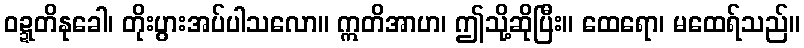
ဝဍ္ဍတိနုခေါ၊ တိုးပွားအပ်ပါသလော။ ဣတိအာဟ၊ ဤသို့ဆိုပြီး။ ထေရော၊ မထေရ်သည်။